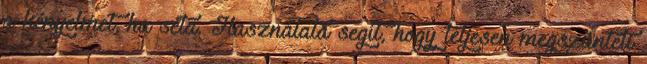
a kényelmet, ha séta. Használata segít, hogy teljesen megszünteti